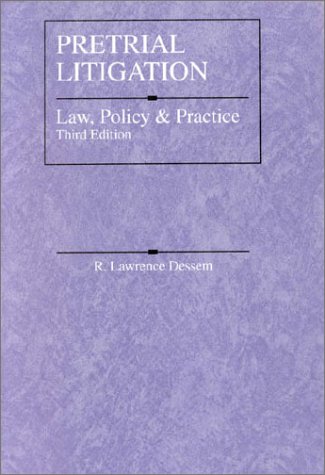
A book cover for Pretrial Litigation: Law, Policy and Practice (American Casebook Series); R. Lawrence Dessem; Law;